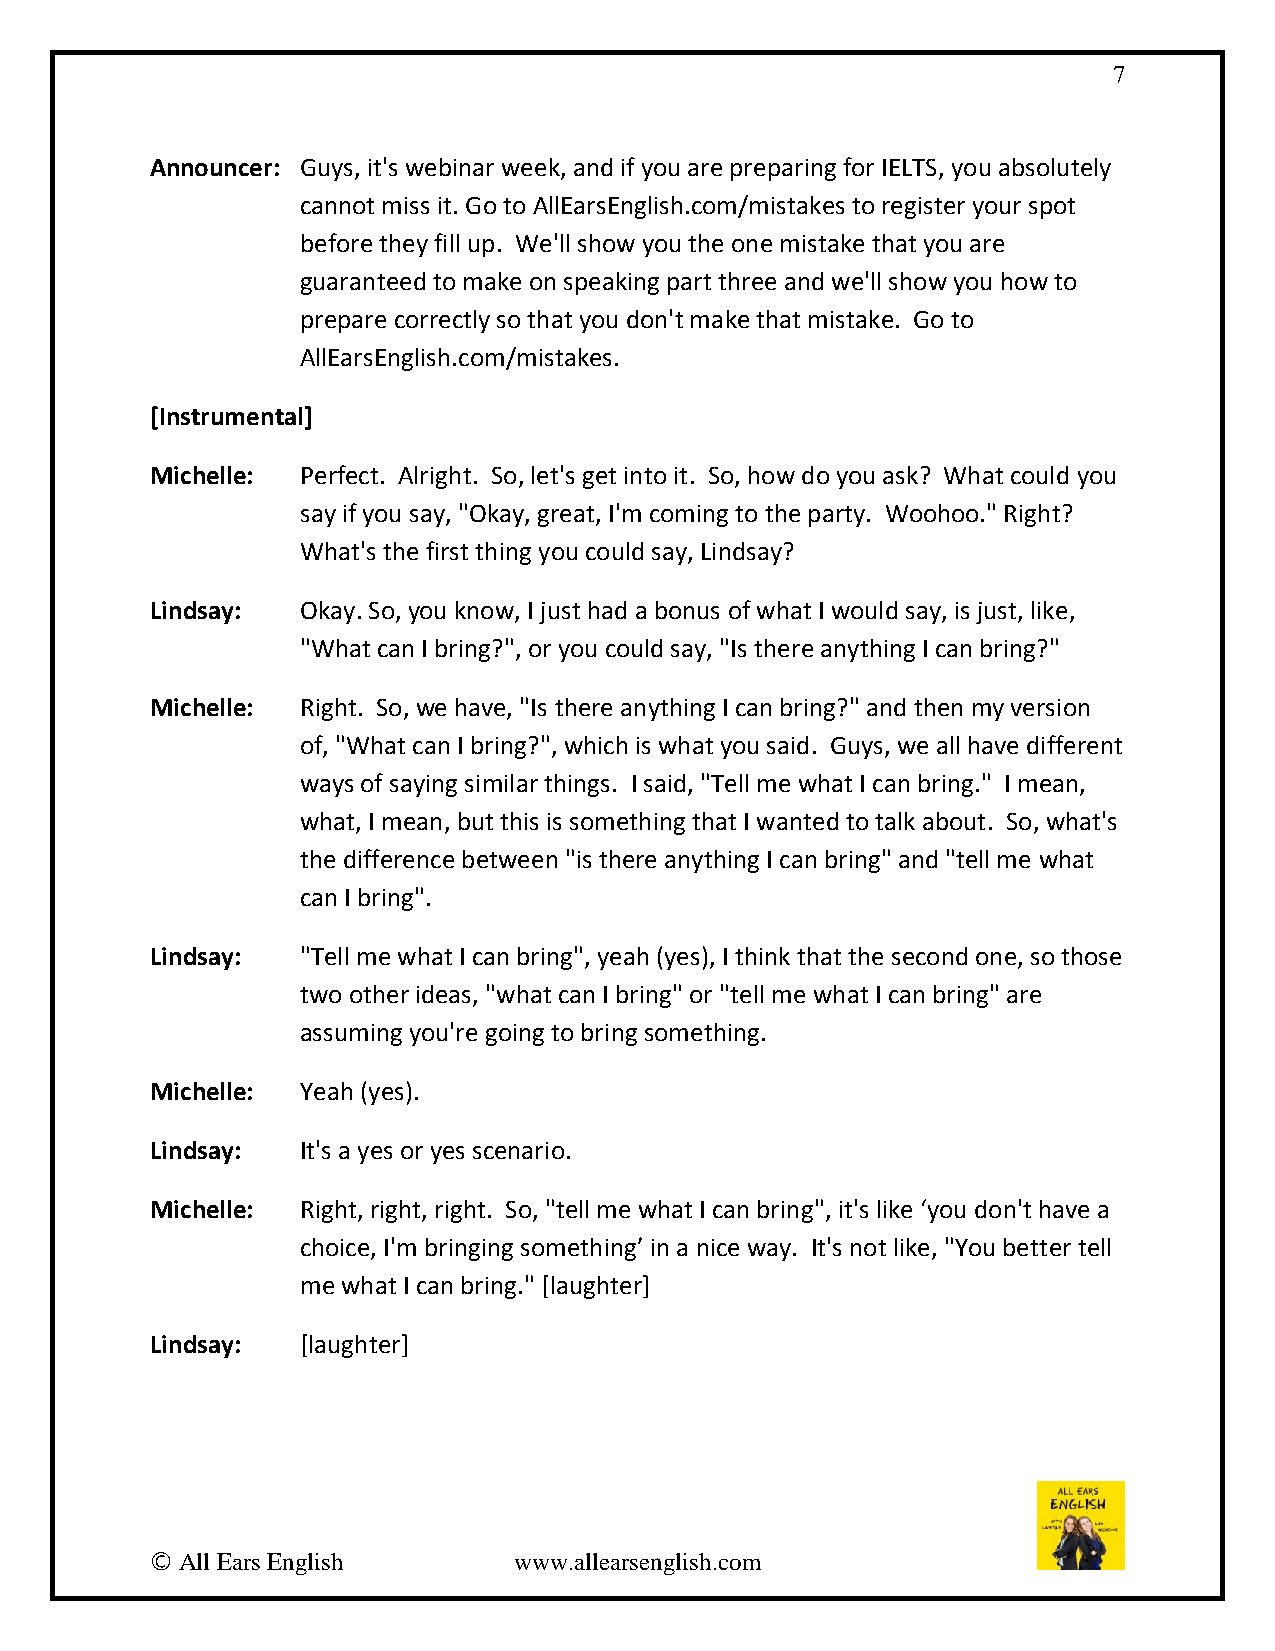
7
 Announcer: Guys, it's webinar week, and if you are preparing for IELTS, you absolutely
 cannot miss it. Go to AllEarsEnglish.com/mistakes to register your spot
 before they fill up. We'll show you the one mistake that you are
 guaranteed to make on speaking part three and we'll show you how to
 prepare correctly so that you don't make that mistake. Go to
 AllEarsEnglish.com/mistakes.
 [Instrumental]
 Michelle: Perfect. Alright. So, let's get into it. So, how do you ask? What could you
 say if you say, "Okay, great, I'm coming to the party. Woohoo." Right?
 What's the first thing you could say, Lindsay?
 Lindsay:  Okay. So, you know, I just had a bonus of what I would say, is just, like,
 "What can I bring?", or you could say, "Is there anything I can bring?"
 Michelle: Right. So, we have, "Is there anything I can bring?" and then my version
 of, "What can I bring?", which is what you said. Guys, we all have different
 ways of saying similar things. I said, "Tell me what I can bring." I mean,
 what, I mean, but this is something that I wanted to talk about. So, what's
 the difference between "is there anything I can bring" and "tell me what
 can I bring".
 Lindsay:  "Tell me what I can bring", yeah (yes), I think that the second one, so those
 two other ideas, "what can I bring" or "tell me what I can bring" are
 assuming you're going to bring something.
 Michelle: Yeah (yes).
 Lindsay:  It's a yes or yes scenario.
 Michelle: Right, right, right. So, "tell me what I can bring", it's like ‘you don't have a
 choice, I'm bringing something’ in a nice way. It's not like, "You better tell
 me what I can bring." [laughter]
 Lindsay:  [laughter]
 © All Ears English      www.allearsenglish.com